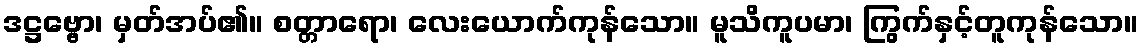
ဒဋ္ဌဗ္ဗော၊ မှတ်အပ်၏။ စတ္တာရော၊ လေးယောက်ကုန်သော။ မူသိကူပမာ၊ ကြွက်နှင့်တူကုန်သော။